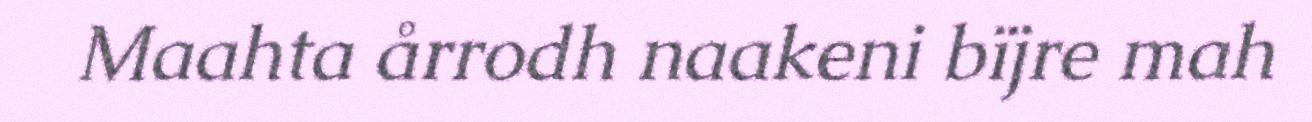
Maahta årrodh naakeni bïjre mah